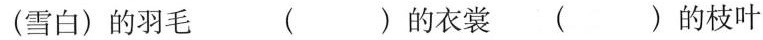
(雪白)的羽毛 )( )的衣裳( )的枝叶